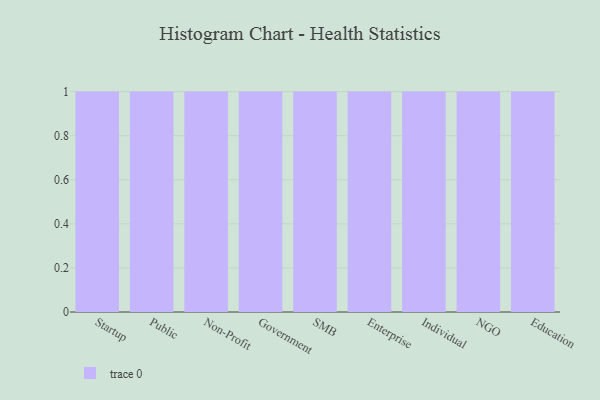
{"axis": {"x": "Segment", "y": "Website Visitors"}, "legend": [""], "data": [{"x": "Startup", "y": 46, "type": ""}, {"x": "Public", "y": 79, "type": ""}, {"x": "Non-Profit", "y": 14, "type": ""}, {"x": "Government", "y": 78, "type": ""}, {"x": "SMB", "y": 66, "type": ""}, {"x": "Enterprise", "y": 54, "type": ""}, {"x": "Individual", "y": 20, "type": ""}, {"x": "NGO", "y": 7, "type": ""}, {"x": "Education", "y": 48, "type": ""}]}